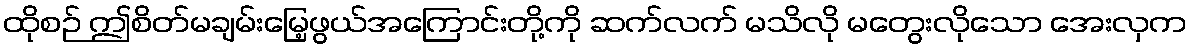
ထိုစဉ် ဤစိတ်မချမ်းမြေ့ဖွယ်အကြောင်းတို့ကို ဆက်လက် မသိလို မတွေးလိုသော အေးလှက